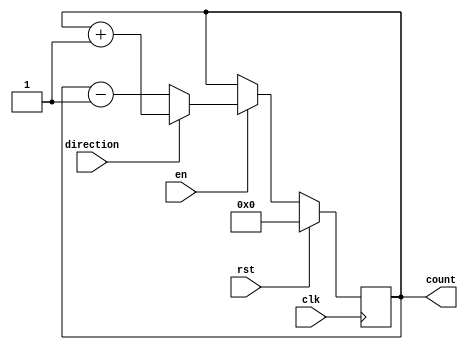
module up_down_counter (
    input wire clk,
    input wire rst,
    input wire en,
    input wire direction,
    output reg [3:0] count
);

reg [3:0] count_next;

always @ (posedge clk) begin
    if (rst) begin
        count <= 4'b0000;
    end else begin
        if (en) begin
            if (direction) begin
                count_next = count + 1;
            end else begin
                count_next = count - 1;
            end
            count <= count_next;
        end
    end
end

endmodule